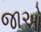
જાઓ